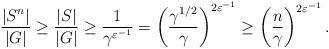
LaTeX: \begin{align*}\frac{|S^n|}{|G|}\ge\frac{|S|}{|G|}\ge\frac{1}{\gamma^{\varepsilon^{-1}}}=\left(\frac{\gamma^{1/2}}{\gamma}\right)^{2\varepsilon^{-1}}\ge\left(\frac{n}{\gamma}\right)^{2\varepsilon^{-1}}.\end{align*}